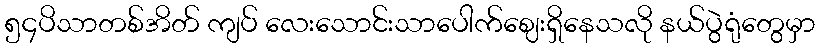
၅၄ပိသာတစ်အိတ် ကျပ် လေးသောင်းသာပေါက်ဈေးရှိနေသလို နယ်ပွဲရုံတွေမှာ